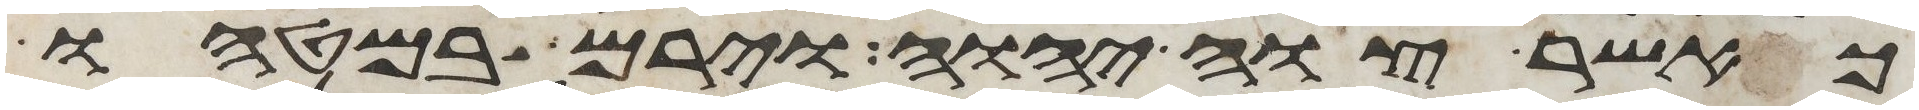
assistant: כאשר צוה יהוה וירם במטהו